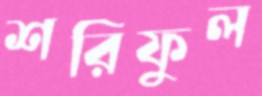
শরিফুল